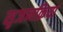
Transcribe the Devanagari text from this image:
सृजनक्रिया